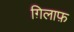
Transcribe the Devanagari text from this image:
ग़िलाफ़